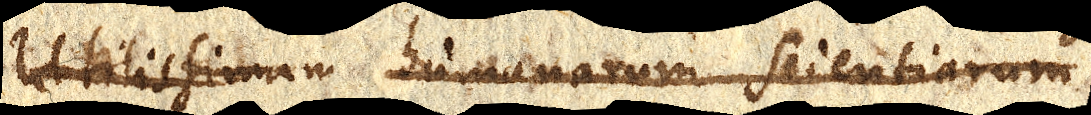
Utilissimam Humanarum scientiarum